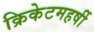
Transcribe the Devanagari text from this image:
क्रिकेटमहर्षी